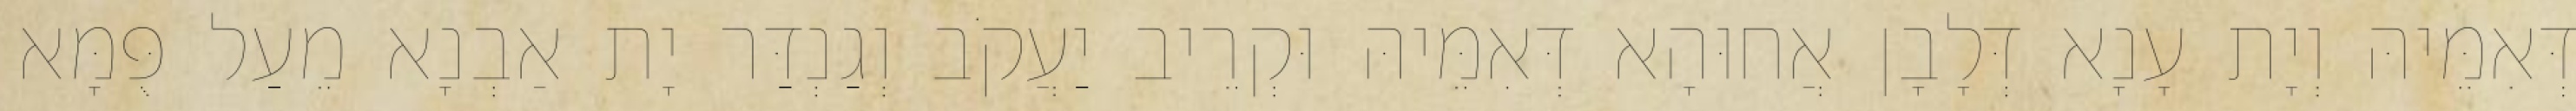
דְּאִמֵּיהּ וְיָת עָנָא דְּלָבָן אֲחוּהָא דְּאִמֵּיהּ וּקְרֵיב יַעֲקֹב וְגַנְדַּר יָת אַבְנָא מֵעַל פֻּמָּא